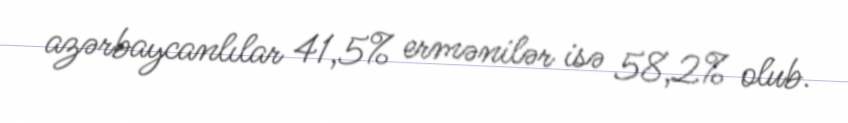
azərbaycanlılar 41,5% ermənilər isə 58,2% olub.